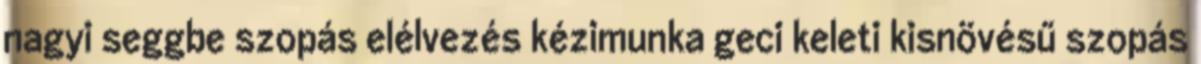
nagyi seggbe szopás elélvezés kézimunka geci keleti kisnövésű szopás